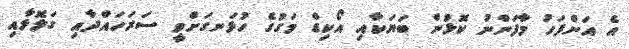
އެ އަށްފަހު މާފަންނު ކޮޅުން ބަޔަކާއި އޯކިޑް މަގުގެ ހުޅަނގަށްވީ ސަރަހައްދާއި ގަލޮޅާއި